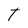
Character: T